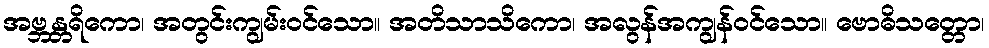
အဗ္ဘန္တရိကော၊ အတွင်းကျွမ်းဝင်သော။ အတိသာသိကော၊ အလွန်အကျွန်ဝင်သော။ ဗောဓိသတ္တော၊